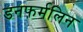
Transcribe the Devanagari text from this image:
डनफर्मलिन